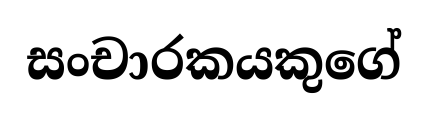
සංචාරකයකුගේ